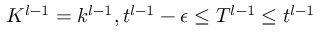
K ^ { l - 1 } = k ^ { l - 1 } , t ^ { l - 1 } - \epsilon \leq T ^ { l - 1 } \leq t ^ { l - 1 }